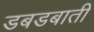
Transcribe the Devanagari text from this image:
डबडबाती